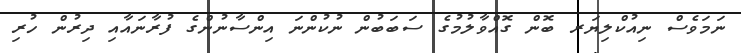
ނަމަވެސް ނިއުކްލިޔަރ ބޮން ގޮއްވާލުމުގެ ސަބަބުން ނުކުންނަ އިންސާނުންގެ ފުރާނައާއި ދިރުން ހުރި